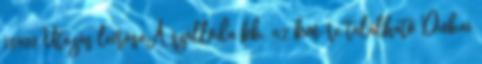
18900 Utazás leírásaA szálloda kb. 42 km-re található Dubai